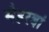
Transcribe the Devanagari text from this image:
मेहरबां